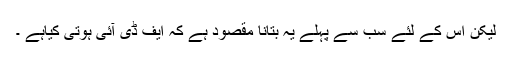
لیکن اس کے لئے سب سے پہلے یہ بتانا مقصود ہے کہ ایف ڈی آئی ہوتی کیاہے ۔